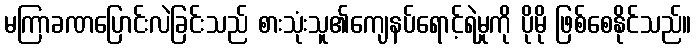
မကြာခဏပြောင်းလဲခြင်းသည် စားသုံးသူ၏ကျေနပ်ရောင့်ရဲမှုကို ပိုမို ဖြစ်စေနိုင်သည်။